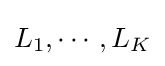
L_{1},\cdots ,L_{K}